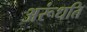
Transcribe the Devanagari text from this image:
अरूंधति